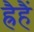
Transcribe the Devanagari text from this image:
ह्रैहैं